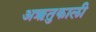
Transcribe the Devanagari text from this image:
अऋतुकाली